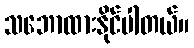
သဘောထားနိုင်ပါတယ်။